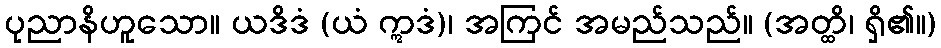
ပုညာနိဟူသော။ ယဒိဒံ (ယံ ဣဒံ)၊ အကြင် အမည်သည်။ (အတ္ထိ၊ ရှိ၏။)